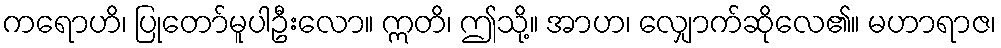
ကရောဟိ၊ ပြုတော်မူပါဦးလော။ ဣတိ၊ ဤသို့။ အာဟ၊ လျှောက်ဆိုလေ၏။ မဟာရာဇ၊